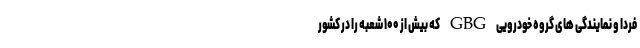
فردا و نمایندگی های گروه خودرویی GBG که بیش از ۱۰۰ شعبه را در کشور